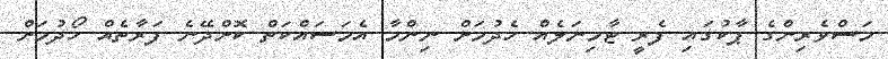
މަސްވެރިންގެ ޕާކުގައި ފެރީ ޓާމިނަލެއް ހެދުމަށް ނިންމާ އެމަސައްކަތް ކޮށްދޭނެ ފަރާތެއް ހޯދުމަށް